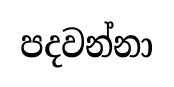
පදවන්නා